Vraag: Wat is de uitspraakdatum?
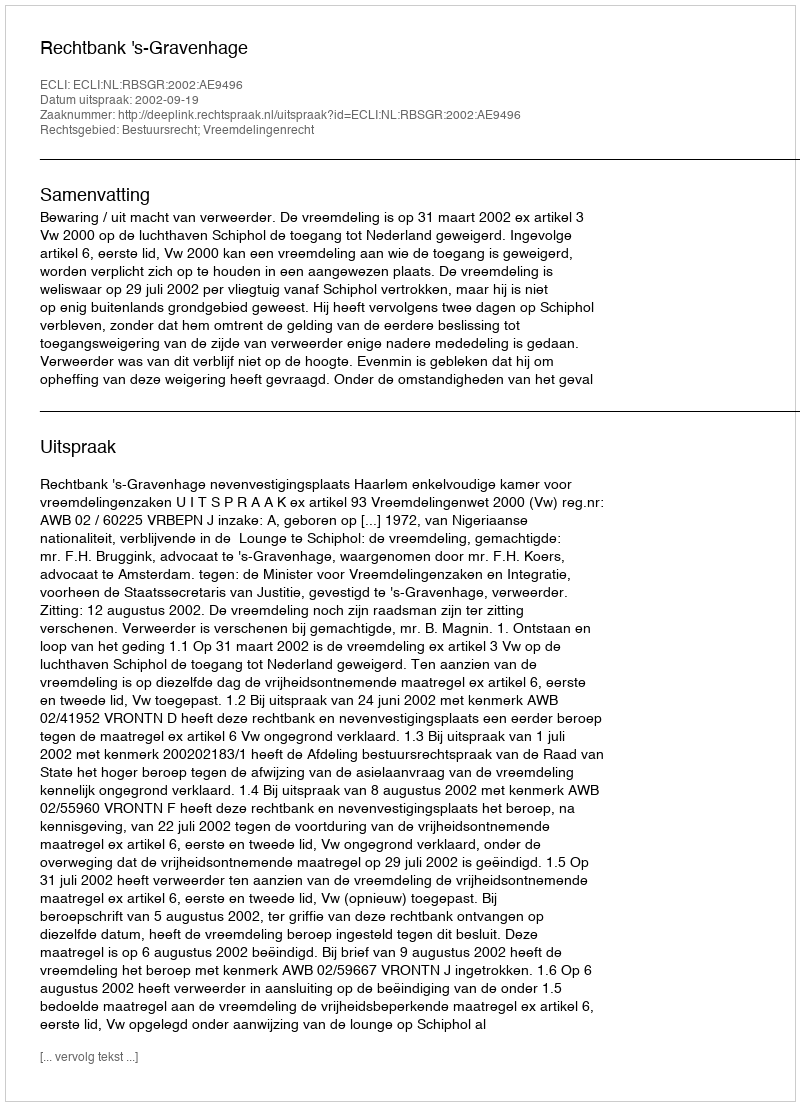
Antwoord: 2002-09-19